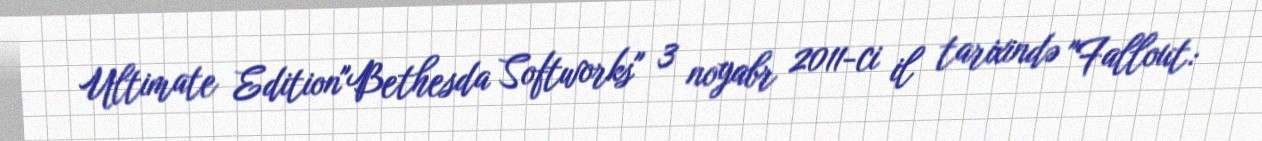
Ultimate Edition"Bethesda Softworks" 3 noyabr 2011-ci il tarixində "Fallout: